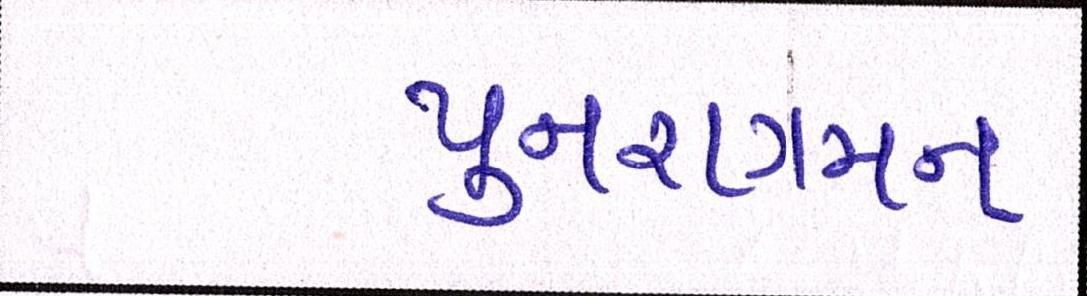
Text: પુનરાગમન